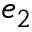
e _ { 2 }